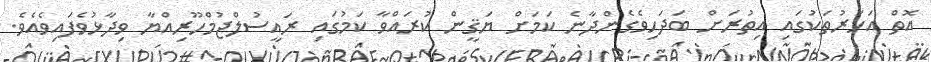
އޮތް އަހަރުތަކުގައި އިތުރަށް ބަދަހިވެގެންދާނެ ކަމަށް ޔަޤީން ކުރައްވާ ކަމުގައި ރައީސުލްޖުމްހޫރިއްޔާ ވިދާޅުވެފައިވެއެވެ.